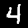
Digit: 4